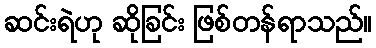
ဆင်းရဲဟု ဆိုခြင်း ဖြစ်တန်ရာသည်။